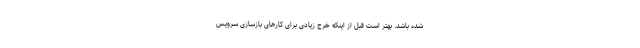
شده باشد. بهتر است قبل از اینکه خرج زیادی برای کارهای بازسازی سرویس